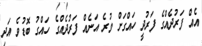
އެއް ފަރުދެއްގެ ފަރުދީ ހައްގަށް ވުރެ އަނެއް ފަރުދެއްގެ ހައްގު ބޮޑުވެ އަދި